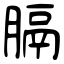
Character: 膈